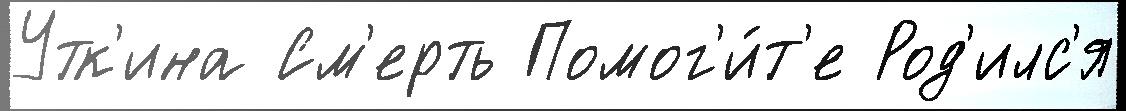
Утк'ина См'ерть Помог'и́т'е Род'илс'я